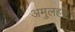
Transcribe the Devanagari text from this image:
अमुलहस